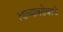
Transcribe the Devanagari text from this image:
त्याच्याबरोबरचे